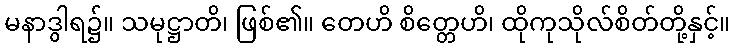
မနာဒွါရ၌။ သမုဋ္ဌာတိ၊ ဖြစ်၏။ တေဟိ စိတ္တေဟိ၊ ထိုကုသိုလ်စိတ်တို့နှင့်။